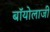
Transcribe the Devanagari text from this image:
बॉयोलाजी